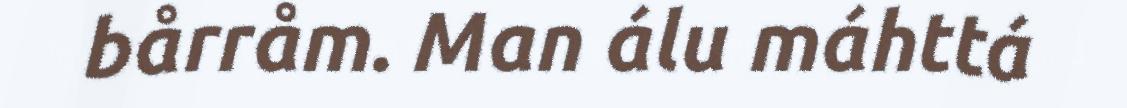
bårråm. Man álu máhttá